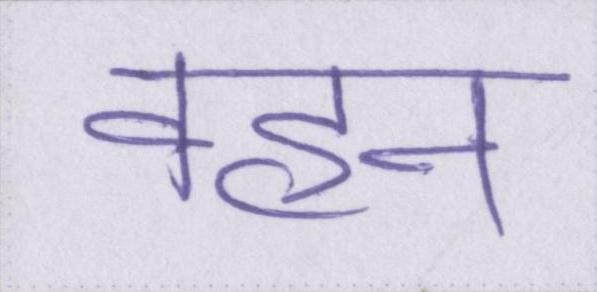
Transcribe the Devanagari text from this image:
वहन